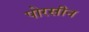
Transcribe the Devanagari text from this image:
पोरसीन